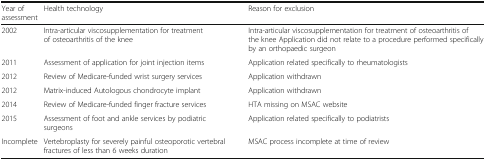
<table><thead><tr><td><b>Year of assessment</b></td><td><b>Health technology</b></td><td><b>Reason for exclusion</b></td></tr></thead><tbody><tr><td>2002</td><td>Intra-articular viscosupplementation for treatment of osteoarthritis of the knee</td><td>Intra-articular viscosupplementation for treatment of osteoarthritis of the knee Application did not relate to a procedure performed specifically by an orthopaedic surgeon</td></tr><tr><td>2011</td><td>Assessment of application for joint injection items</td><td>Application related specifically to rheumatologists</td></tr><tr><td>2012</td><td>Review of Medicare-funded wrist surgery services</td><td>Application withdrawn</td></tr><tr><td>2012</td><td>Matrix-induced Autologous chondrocyte implant</td><td>Application withdrawn</td></tr><tr><td>2014</td><td>Review of Medicare-funded finger fracture services</td><td>HTA missing on MSAC website</td></tr><tr><td>2015</td><td>Assessment of foot and ankle services by podiatric surgeons</td><td>Application related specifically to podiatrists</td></tr><tr><td>Incomplete</td><td>Vertebroplasty for severely painful osteoporotic vertebral fractures of less than 6 weeks duration</td><td>MSAC process incomplete at time of review</td></tr></tbody></table>